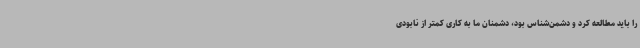
را باید مطالعه کرد و دشمن‌شناس بود، دشمنان ما به کاری کمتر از نابودی